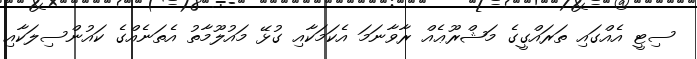
ސިޓީ އެއްގައި ތަަރައްގީގެ މަޝްރޫޢެއް ރާވާނަމަ އެކަމަކާއި ގުޅޭ މައުލޫމާތު އެތަނެއްގެ ކައުންސިލަކާއި